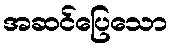
အဆင်ပြေသော